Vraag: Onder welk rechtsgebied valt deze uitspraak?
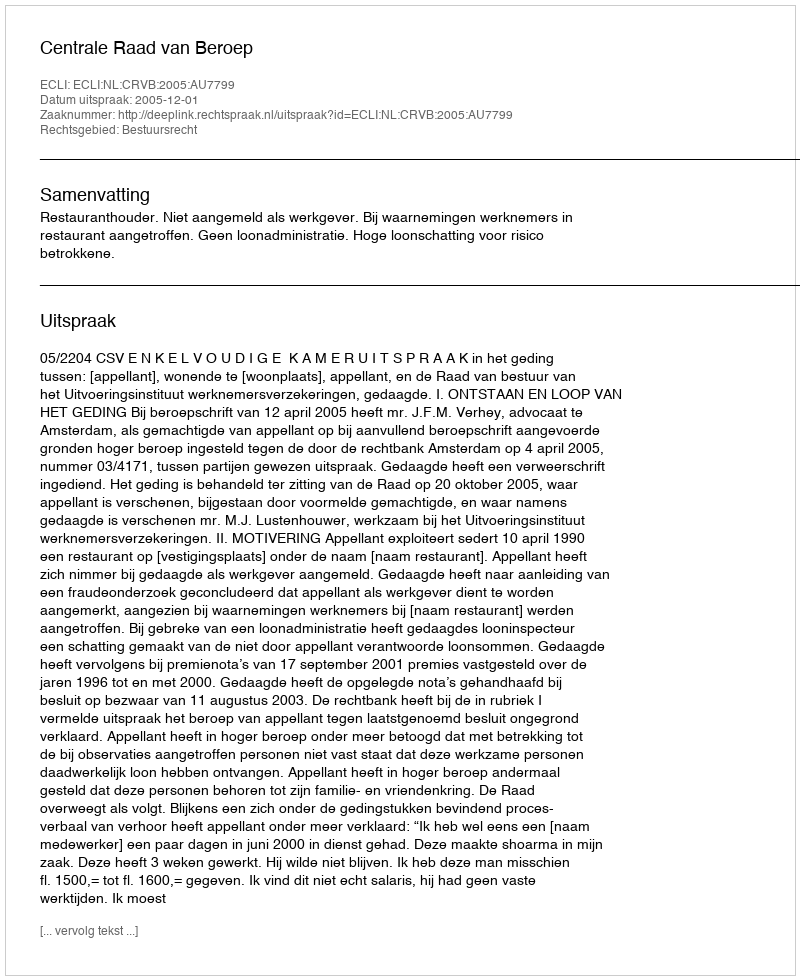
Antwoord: Bestuursrecht